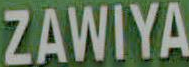
ZAWIYA